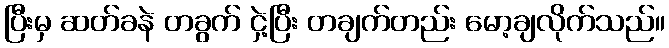
ပြီးမှ ဆတ်ခနဲ တခွက် ငှဲ့ပြီး တချက်တည်း မော့ချလိုက်သည်။